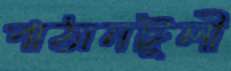
পাঠানটুলী